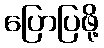
ပြောပြဖို့